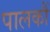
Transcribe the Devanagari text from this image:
पालकौं